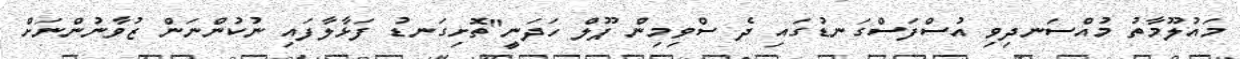
މައުލޫމާތު މުއްސަނދިވި އުސްފަސްގަނޑުގައި ދެ ސްވިމިން ޕޫލް ހަދަނީ"ތޮށިގަނޑު ފަޅާލާފައި ނުކުންނަން ޒުވާނުންނަށް